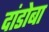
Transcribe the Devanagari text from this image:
दांडोबा